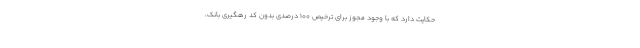
حکایت دارد که با وجود مجوز برای ترخیص ۱۰۰ درصدی بدون کد رهگیری بانک،